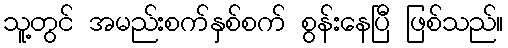
သူ့တွင် အမည်းစက်နှစ်စက် စွန်းနေပြီ ဖြစ်သည်။